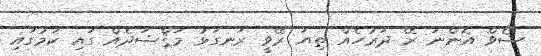
ޝޯވް އޮންނަ ރޭ ދަރުހެއް ތިޔަ ރޭވީ ރަނގަޅު މަޤްޟަދެއް ގައި ކަމުގައި